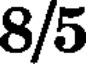
8/5